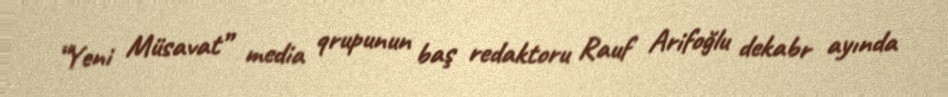
“Yeni Müsavat” media qrupunun baş redaktoru Rauf Arifoğlu dekabr ayında